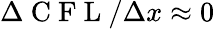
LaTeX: \Delta\mathrm{~C~F~L~}/\Delta x\approx 0